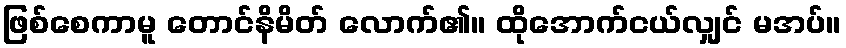
ဖြစ်စေကာမူ တောင်နိမိတ် လောက်၏။ ထိုအောက်ငယ်လျှင် မအပ်။